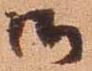
御